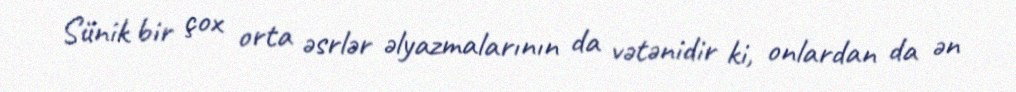
Sünik bir çox orta əsrlər əlyazmalarının da vətənidir ki, onlardan da ən